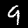
Label: 9